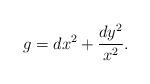
LaTeX: \begin{align*}g=dx^2+\frac{dy^2}{x^2}. \end{align*}